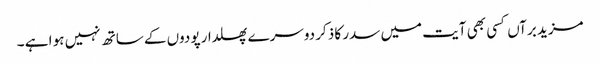
مزید برآں کسی بھی آیت میں سدر کا ذکر دوسرے پھلدار پودوں کے ساتھ نہیں ہو ا ہے ۔